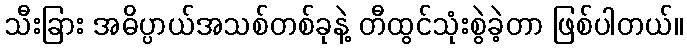
သီးခြား အဓိပ္ပာယ်အသစ်တစ်ခုနဲ့ တီထွင်သုံးစွဲခဲ့တာ ဖြစ်ပါတယ်။